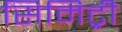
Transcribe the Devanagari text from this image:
सिमिट्री